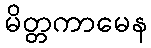
မိတ္တကာမေန